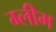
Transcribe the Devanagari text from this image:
ग्लीम